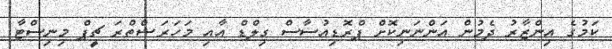
ކަމުގެ އިންޒާރު ދެމުން އަންނަނިކޮށް ޕްރޮޑިއުސާސް ގިލްޑް އާއި މަހަރަޝްތްރަ ޗީޕް މިނިސްޓާ